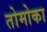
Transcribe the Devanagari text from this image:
तोमोका